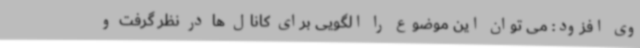
وی افزود: می توان این موضوع را الگویی برای کانال ها در نظر گرفت و